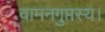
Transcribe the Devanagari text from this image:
वामनगुप्तस्य।